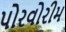
પોરવોરીમ